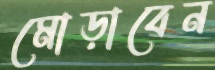
মোড়াবেন